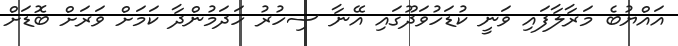
އައްޔުބެ މަރާލާފައި ވަނީ ކުޑަހުވަދޫގައި އޭނާ ސިހުރު ހަދަމުންދާ ކަމަށް ވަރަށް ބޮޑަށް